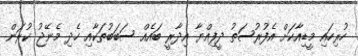
ހުރިހައި މީޑިއާކަށް އެފުރުސަތު ދީފިއްޔާ އިދާރީ ބައެއް ސަބަބުތަކާއި ހެދި މެނޭޖު ކުރަން